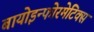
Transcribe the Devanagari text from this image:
बायोइन्फोरमेटिक्स